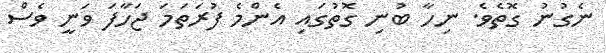
ނެގުނު ގޮތެވެ. ނިހާ ބުނި ގޮތުގައި އެންމެ ފުރަތަމަ ޖަހާފަ ވަނީ ވެސް